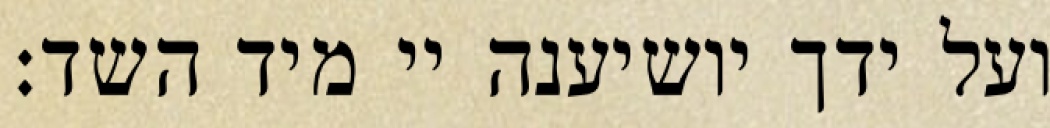
ועל ידך יושיענה יי מיד השד: